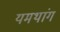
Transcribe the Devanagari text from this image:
यमथांग